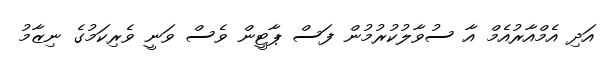
އަދި އެމްއާރުއެމް އާ ސުވާލުކުުރުމުން ފަސް ޕާޓީން ވެސް ވަނީ ވެރިކަމުގެ ނިޒާމު